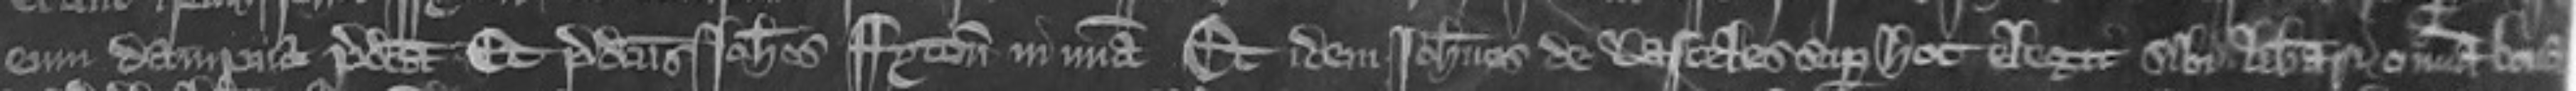
eum dampna predicta Et predictus Johannes Fyton in misericordia Et idem Johannes de Lasceles super hoc elegit sibi liberari omnia bona